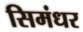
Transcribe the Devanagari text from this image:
सिमंधर